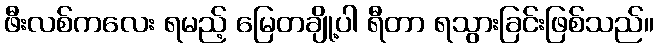
ဖီးလစ်ကလေး ရမည့် မြေတချို့ပါ ရီတာ ရသွားခြင်းဖြစ်သည်။